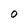
Character: 0